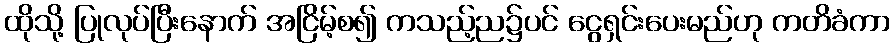
ထိုသို့ ပြုလုပ်ပြီးနောက် အငြိမ့်စ၍ ကသည့်ည၌ပင် ငွေရှင်းပေးမည်ဟု ကတိခံကာ